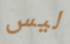
ليس